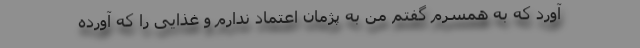
آورد که به همسرم گفتم من به پژمان اعتماد ندارم و غذایی را که آورده